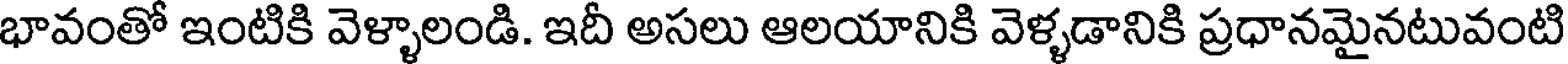
భావంతో ఇంటికి వెళ్ళాలండి. ఇదీ అసలు ఆలయానికి వెళ్ళడానికి ప్రధానమైనటువంటి